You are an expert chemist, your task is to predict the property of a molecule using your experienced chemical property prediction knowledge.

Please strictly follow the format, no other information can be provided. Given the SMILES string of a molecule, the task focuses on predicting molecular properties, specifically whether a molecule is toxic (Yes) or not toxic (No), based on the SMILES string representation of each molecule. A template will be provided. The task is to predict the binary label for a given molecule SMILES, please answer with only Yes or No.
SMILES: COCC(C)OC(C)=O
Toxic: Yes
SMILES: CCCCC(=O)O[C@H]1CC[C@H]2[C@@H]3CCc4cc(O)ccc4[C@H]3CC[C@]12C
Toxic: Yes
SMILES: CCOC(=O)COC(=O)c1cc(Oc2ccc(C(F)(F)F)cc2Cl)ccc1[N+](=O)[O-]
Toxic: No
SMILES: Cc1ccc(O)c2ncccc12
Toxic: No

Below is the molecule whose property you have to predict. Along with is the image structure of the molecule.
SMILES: Nc1ccn([C@@H]2O[C@H](CO)[C@@H](O)[C@@H]2O)c(=O)n1
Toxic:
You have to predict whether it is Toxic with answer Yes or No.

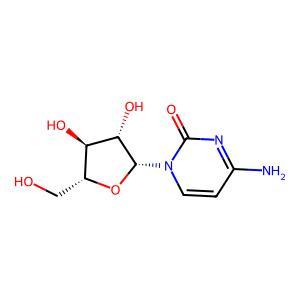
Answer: No